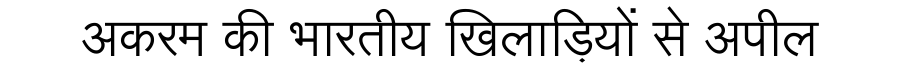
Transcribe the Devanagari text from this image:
अकरम की भारतीय खिलाड़ियों से अपील